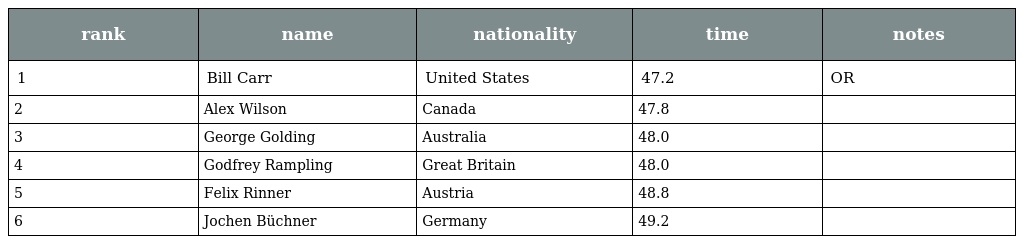
| rank | name | nationality | time | notes |
 | --- | --- | --- | --- | --- |
 | 1 | Bill Carr | United States | 47.2 | OR |
 | 2 | Alex Wilson | Canada | 47.8 |  |
 | 3 | George Golding | Australia | 48.0 |  |
 | 4 | Godfrey Rampling | Great Britain | 48.0 |  |
 | 5 | Felix Rinner | Austria | 48.8 |  |
 | 6 | Jochen Büchner | Germany | 49.2 |  |